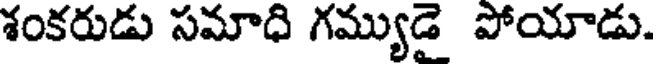
శంకరుడు సమాధి గమ్యుడై పోయాడు.